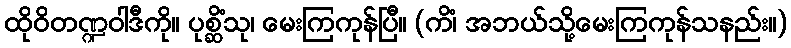
ထိုဝိတဏ္ဍဝါဒီကို။ ပုစ္ဆိံသု၊ မေးကြကုန်ပြီ။ (ကိံ၊ အဘယ်သို့မေးကြကုန်သနည်း။)